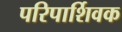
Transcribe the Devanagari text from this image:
परिपार्शिवक